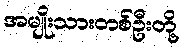
အမျိုးသားတစ်ဦးတို့